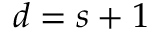
d = s + 1